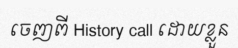
ចេញពី History call ដោយខ្លួន